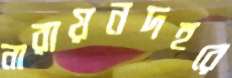
নারায়নদহরে